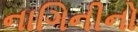
નાગિનીનો